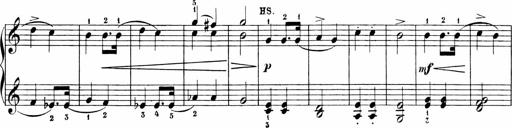
Title: 6 Sonatinas
Composer: Carl Reinecke